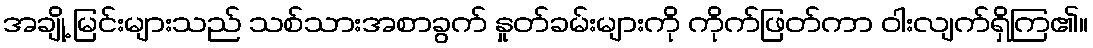
အချို့ မြင်းများသည် သစ်သားအစာခွက် နှုတ်ခမ်းများကို ကိုက်ဖြတ်ကာ ဝါးလျက်ရှိကြ၏။